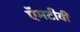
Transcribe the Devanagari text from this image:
ऍमटीवी